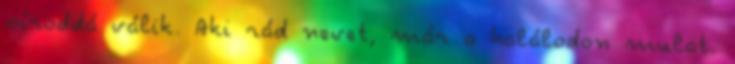
síroddá válik. Aki rád nevet, már a halálodon mulat.